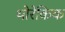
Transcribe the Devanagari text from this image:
थोरेकिक